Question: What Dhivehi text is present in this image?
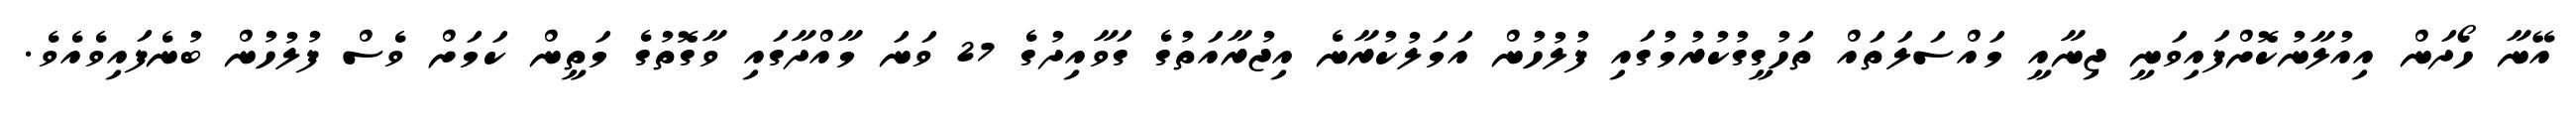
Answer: އޭނާ ހޯދަން އިއުލާނުކޮށްފައިވަނީ ޖިނާއީ މައްސަލަތައް ތަހުގީގުކުރުމުގައި ފުލުހުން އަމަލުކުރާނެ އިޖުރާއަތުގެ ގަވާއިދުގެ 27 ވަނަ މާއްދާގައި ވާގޮތުގެ މަތީން ކަމަށް ވެސް ފުލުހުން ބުނެފައިވެއެވެ.